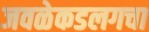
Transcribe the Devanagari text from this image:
जवळेकडलगचा